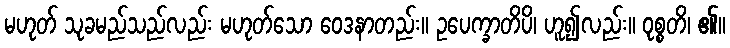
မဟုတ် သုခမည်သည်လည်း မဟုတ်သော ဝေဒနာတည်း။ ဥပေက္ခာတိပိ၊ ဟူ၍လည်း။ ဝုစ္စတိ၊ ၏။